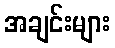
အချင်းများ